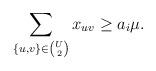
LaTeX: \begin{align*} \sum_{\{u,v\}\in\binom{U}{2}}x_{uv}\geq a_i\mu.\end{align*}